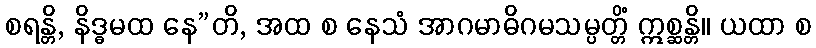
စရန္တိ, နိဒ္ဓမထ နေ”တိ, အထ စ နေသံ အာဂမာဓိဂမသမ္ပတ္တိံ ဣစ္ဆန္တိ။ ယထာ စ